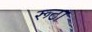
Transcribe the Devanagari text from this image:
रूठा